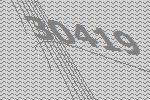
30419